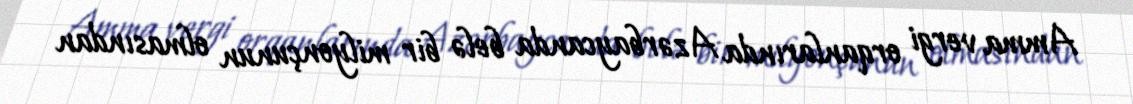
Amma vergi orqanlarında Azərbaycanda belə bir milyonçunun olmasından